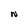
Character: N